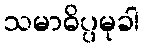
သမာဓိပ္ပမုခါ